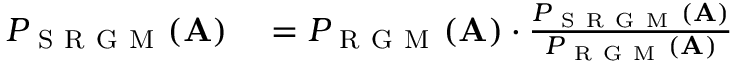
\begin{array} { r l } { P _ { \mathrm { ~ S ~ R ~ G ~ M ~ } } ( \mathbf { A } ) } & { { } = P _ { \mathrm { ~ R ~ G ~ M ~ } } ( \mathbf { A } ) \cdot \frac { P _ { \mathrm { ~ S ~ R ~ G ~ M ~ } } ( \mathbf { A } ) } { P _ { \mathrm { ~ R ~ G ~ M ~ } } ( \mathbf { A } ) } } \end{array}